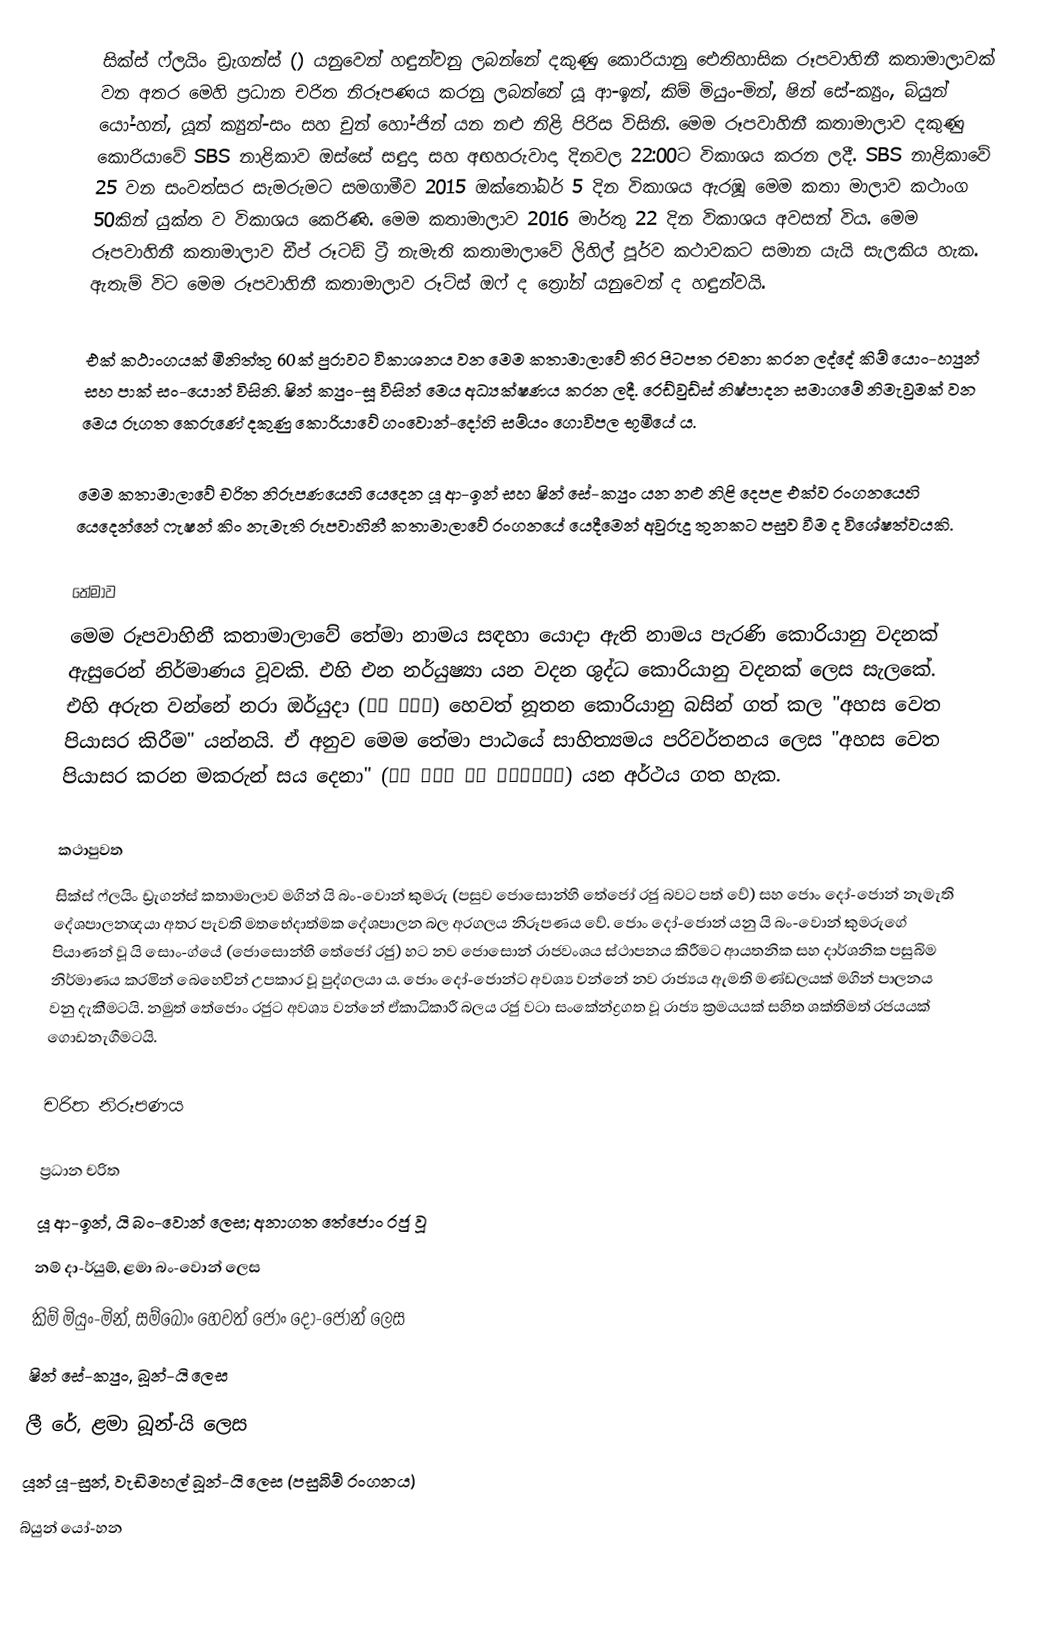
සික්ස් ෆ්ලයිං ඩ්‍රැගන්ස් () යනුවෙන් හඳුන්වනු ලබන්නේ දකුණු කොරියානු ඓතිහාසික රූපවාහිනී කතාමාලාවක් වන අතර මෙහි ප්‍රධාන චරිත නිරූපණය කරනු ලබන්නේ යූ ආ-ඉන්, කිම් මියුං-මින්, ෂින් සේ-ක්‍යුං, බ්යුන් යෝ-හන්, යූන් ක්‍යුන්-සං සහ චුන් හෝ-ජින් යන නළු නිළි පිරිස විසිනි. මෙම රූපවාහිනී කතාමාලාව දකුණු කොරියාවේ SBS නාළිකාව ඔස්සේ සඳුදා සහ අඟහරුවාදා දිනවල 22:00ට විකාශය කරන ලදී. SBS නාළිකාවේ 25 වන සංවත්සර සැමරුමට සමගාමීව 2015 ඔක්තෝබර් 5 දින විකාශය ඇරඹූ මෙම කතා මාලාව කථාංග 50කින් යුක්ත ව විකාශය කෙරිණි. මෙම කතාමාලාව 2016 මාර්තු 22 දින විකාශය අවසන් විය. මෙම රූපවාහිනී කතාමාලාව ඩීප් රූටඩ් ට්‍රී නැමැති කතාමා‍ලාවේ ලිහිල් පූර්ව කථාවකට සමාන යැයි සැලකිය හැක. ඇතැම් විට මෙම රූපවාහිනී කතාමාලාව රූට්ස් ඔෆ් ද ත්‍රෝන් යනුවෙන් ද හඳුන්වයි.

එක් කථාංගයක් මිනිත්තු 60ක් පුරාවට විකාශනය වන මෙම කතාමාලාවේ තිර පිටපත රචනා කරන ලද්දේ කිම් යොං-හ්‍යුන් සහ පාක් සං-යොන් විසිනි. ෂින් ක්‍යුං-සූ විසින් මෙය අධ්‍යක්ෂණය කරන ලදී. රෙඩ්වුඩ්ස් නිෂ්පාදන සමාගමේ නිමැවුමක් වන මෙය රූගත කෙරුණේ දකුණු කොරියාවේ ගංවොන්-දෝහි සම්යං ගොවිපල භූමියේ ය.

‍මෙම කතාමාලාවේ චරිත නිරූපණයෙහි යෙදෙන යූ ආ-ඉන් සහ ෂින් සේ-ක්‍යුං යන නළු නිළි දෙපළ එක්ව රංග‍නයෙහි යෙදෙන්නේ ෆැෂන් කිං නැමැති රූපවාහිනී කතාමාලාවේ රංගනයේ යෙදීමෙන් අවුරුදු තුනකට පසුව වීම ද විශේෂත්වයකි.

තේමාව
මෙම රූපවාහිනී කතාමාලාවේ තේමා නාමය සඳහා යොදා ඇති නාමය පැරණි කොරියානු වදනක් ඇසුරෙන් නිර්මාණය වූවකි. එහි එන නර්යුෂ්‍යා යන වදන ශුද්ධ කොරියානු වදනක් ලෙස සැලකේ. එහි අරුත වන්නේ නරා ඔර්යුදා (날아 오르다) හෙවත් නූතන කොරියානු බසින් ගත් කල "අහස වෙත පියාසර කිරීම" යන්නයි. ඒ අනුව මෙම තේමා පාඨයේ සාහිත්‍යමය පරිවර්තනය ලෙස "අහස වෙත පියාසර කරන මකරුන් සය දෙනා" (여섯 마리의 용이 날아오르셔서) යන අර්ථය ගත හැක.

කථාපුවත
සික්ස් ෆ්ලයිං ඩ්‍රැගන්ස් කතාමාලාව මගින් යි බං-වොන් කුමරු (පසුව ජොසොන්හි තේජෝ රජු බවට පත් වේ) සහ ජොං දෝ-ජොන් නැමැති දේශපාලනඥයා අතර පැවති මතභේදාත්මක දේශපාලන බල අරගලය නිරූපණය වේ. ජොං දෝ-ජොන් යනු යි බං-වොන් කුමරුගේ පියාණන් වූ යි සොං-ග්යේ (ජොසොන්හි තේජෝ රජු) හට නව ජොසොන් රාජවංශය ස්ථාපනය කිරීමට ආයතනික සහ දාර්ශනික පසුබිම නිර්මාණය කරමින් බෙහෙවින් උපකාර වූ පුද්ගලයා ය. ජොං දෝ-ජොන්ට අවශ්‍ය වන්නේ නව රාජ්‍යය ඇමති මණ්ඩලයක් මගින් පාලනය වනු දැකීමටයි. නමුත් තේජොං රජුට අවශ්‍ය වන්නේ ඒකාධිකාරී බලය රජු වටා සංකේන්ද්‍රගත වූ රාජ්‍ය ක්‍රමයයක් සහිත ශක්තිමත් රජයයක් ගොඩනැගීමටයි.

චරිත නිරූපණය

ප්‍රධාන චරිත
යූ ආ-ඉන්, යි බං-වොන් ලෙස; අනාගත තේජොං රජු වූ
නම් දා-ර්යුම්, ළමා බං-වොන් ලෙස
කිම් මියුං-මින්, සම්බොං හෙවත් ජොං දෝ-ජොන් ලෙස
ෂින් සේ-ක්‍යුං, බූන්-යි ලෙස
ලී රේ, ළමා බූන්-යි ලෙස
යූන් යූ-සුන්, වැඩිමහල් බූන්-යි ලෙස (පසුබිම් රංගනය)
බ්යුන් යෝ-හන